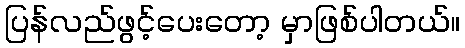
ပြန်လည်ဖွင့်ပေးတော့ မှာဖြစ်ပါတယ်။